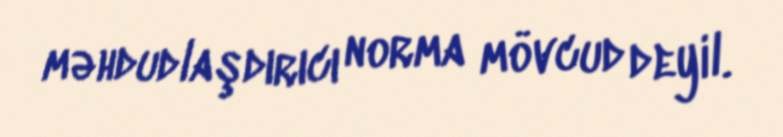
məhdudlaşdırıcı norma mövcud deyil.